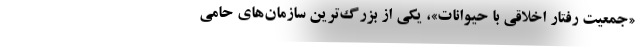
«جمعیت رفتار اخلاقی با حیوانات»، یکی از بزرگ‌ترین سازمان‌های حامی